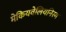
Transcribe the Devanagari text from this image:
मेकियवेलियनिस्म